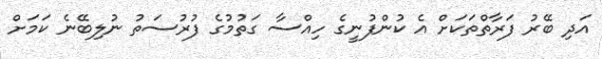
އަދި ބޭރު ފަރާތްތަކަށް އެ ކުންފުނީގެ ހިއްސާ ގަތުމުގެ ފުރުސަތު ނުލިބޭނެ ކަމަށް